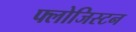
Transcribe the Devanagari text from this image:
फ्लोजिस्टन